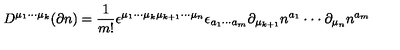
D ^ { \mu _ { 1 } \cdot \cdot \cdot \mu _ { k } } ( \partial n ) = \frac 1 { m ! } \epsilon ^ { \mu _ { 1 } \cdot \cdot \cdot \mu _ { k } \mu _ { k + 1 } \cdot \cdot \cdot \mu _ { n } } \epsilon _ { a _ { 1 } \cdot \cdot \cdot a _ { m } } \partial _ { \mu _ { k + 1 } } n ^ { a _ { 1 } } \cdot \cdot \cdot \partial _ { \mu _ { n } } n ^ { a _ { m } }